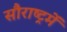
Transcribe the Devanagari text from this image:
सौराष्‍ट्रमें